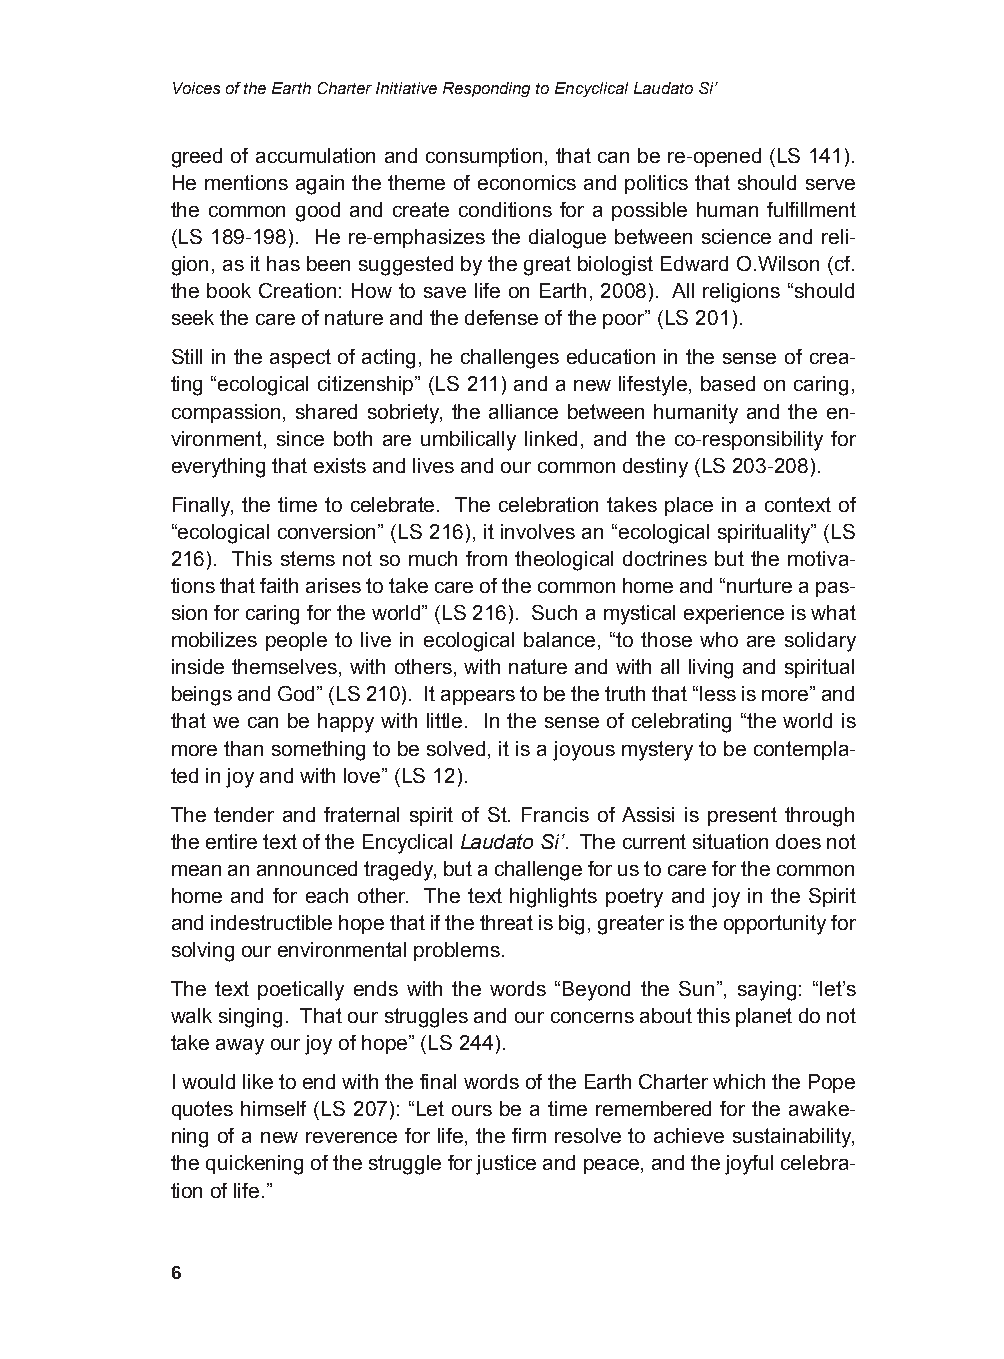
Voices of the Earth Charter Initiative Responding to Encyclical Laudato Si’
 greed of accumulation and consumption, that can be re-opened (LS 141).
 He mentions again the theme of economics and politics that should serve
 the common good and create conditions for a possible human fulfillment
 (LS 189-198). He re-emphasizes the dialogue between science and reli-
 gion, as it has been suggested by the great biologist Edward O.Wilson (cf.
 the book Creation: How to save life on Earth, 2008). All religions “should
 seek the care of nature and the defense of the poor” (LS 201).
 Still in the aspect of acting, he challenges education in the sense of crea-
 ting “ecological citizenship” (LS 211) and a new lifestyle, based on caring,
 compassion, shared sobriety, the alliance between humanity and the en-
 vironment, since both are umbilically linked, and the co-responsibility for
 everything that exists and lives and our common destiny (LS 203-208).
 Finally, the time to celebrate. The celebration takes place in a context of
 “ecological conversion” (LS 216), it involves an “ecological spirituality” (LS
 216). This stems not so much from theological doctrines but the motiva-
 tions that faith arises to take care of the common home and “nurture a pas-
 sion for caring for the world” (LS 216). Such a mystical experience is what
 mobilizes people to live in ecological balance, “to those who are solidary
 inside themselves, with others, with nature and with all living and spiritual
 beings and God” (LS 210). It appears to be the truth that “less is more” and
 that we can be happy with little. In the sense of celebrating “the world is
 more than something to be solved, it is a joyous mystery to be contempla-
 ted in joy and with love” (LS 12).
 The tender and fraternal spirit of St. Francis of Assisi is present through
 the entire text of the Encyclical Laudato Si’. The current situation does not
 mean an announced tragedy, but a challenge for us to care for the common
 home and for each other. The text highlights poetry and joy in the Spirit
 and indestructible hope that if the threat is big, greater is the opportunity for
 solving our environmental problems.
 The text poetically ends with the words “Beyond the Sun”, saying: “let’s
 walk singing. That our struggles and our concerns about this planet do not
 take away our joy of hope” (LS 244).
 I would like to end with the final words of the Earth Charter which the Pope
 quotes himself (LS 207): “Let ours be a time remembered for the awake-
 ning of a new reverence for life, the firm resolve to achieve sustainability,
 the quickening of the struggle for justice and peace, and the joyful celebra-
 tion of life.”
 6